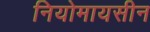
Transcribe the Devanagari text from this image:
नियोमायसीन